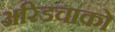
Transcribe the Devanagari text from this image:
अरिडचाको